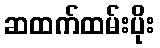
ဆထက်ထမ်းပိုး